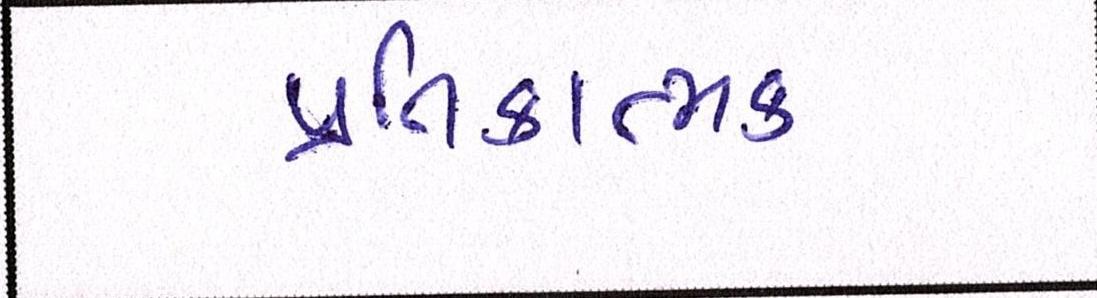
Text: પ્રતિકાત્મક